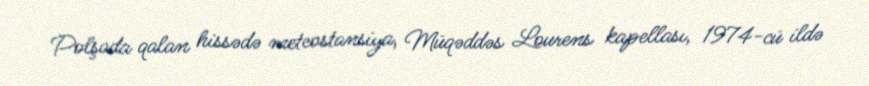
Polşada qalan hissədə meteostansiya, Müqəddəs Lourens kapellası, 1974-cü ildə